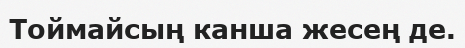
Тоймайсың канша жесең де.